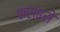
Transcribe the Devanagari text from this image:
कसबसे